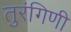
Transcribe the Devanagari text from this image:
तुरंगिणी